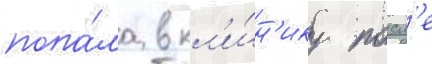
попа́ла в кл'и́н'ику посл'е